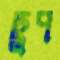
ছুপ